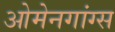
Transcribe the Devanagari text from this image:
ओमेनगांग्स